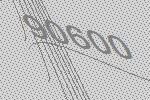
90600